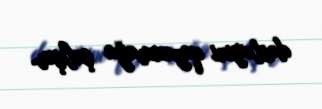
dəstəyini qazanmağa çalışır.